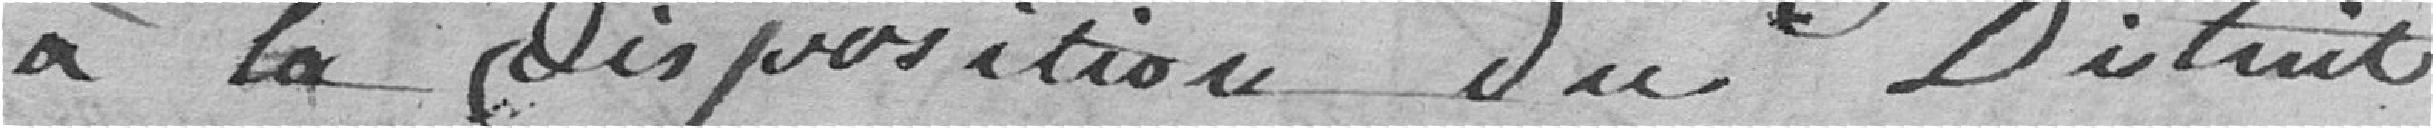
à la disposition du District